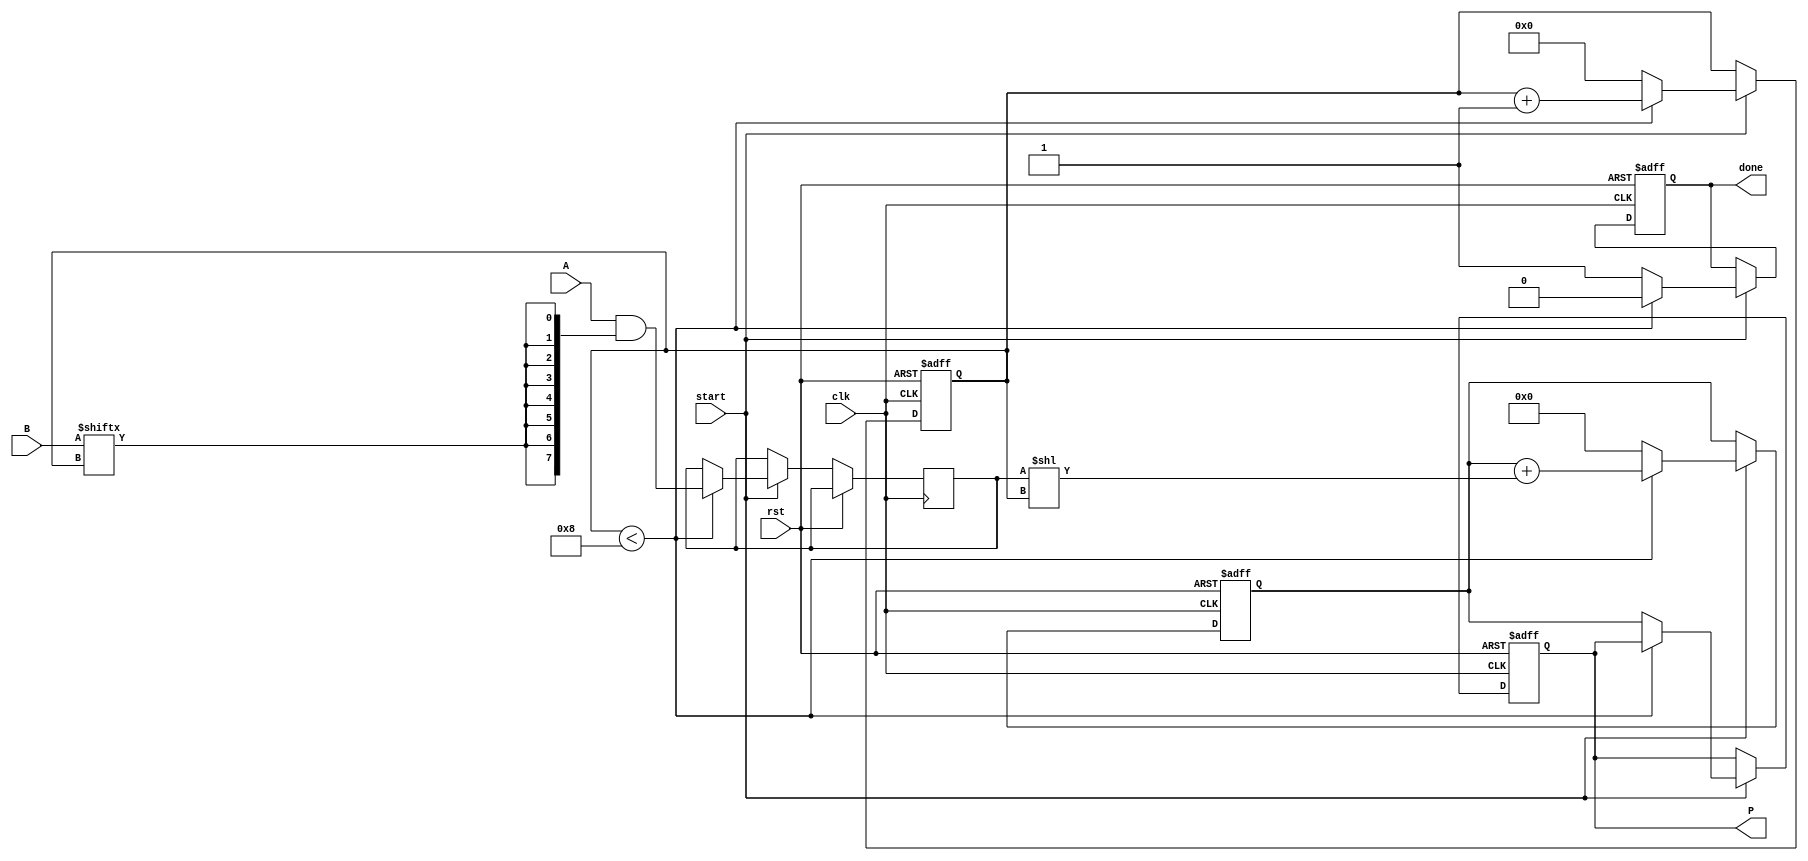
module PartialProductAccumulator #(
    parameter N = 8,  // Bit width for multiplicand
    parameter M = 8   // Bit width for multiplier
)(
    input wire [N-1:0] A,          // Multiplicand
    input wire [M-1:0] B,          // Multiplier
    input wire clk,                 // Clock
    input wire rst,                 // Reset
    input wire start,               // Start signal
    output reg [N+M-1:0] P,         // Product
    output reg done                 // Done signal
);

    reg [N+M-1:0] accumulator;      // Accumulator for partial products
    reg [3:0] count;                // Counter for bits processed
    reg [M-1:0] partial_product;    // Current partial product

    always @(posedge clk or posedge rst) begin
        if (rst) begin
            P <= 0;
            accumulator <= 0;
            done <= 0;
            count <= 0;
        end else if (start) begin
            if (count < M) begin
                // Generate the partial product for the current bit
                partial_product <= A & {N{B[count]}};
                // Accumulate the partial product
                accumulator <= accumulator + (partial_product << count);
                count <= count + 1;
                done <= 0; // Not done yet
            end else begin
                // Finalize the product
                P <= accumulator;
                done <= 1; // Indicate that multiplication is done
                count <= 0; // Reset count for next operation
                accumulator <= 0; // Reset accumulator for next operation
            end
        end
    end

endmodule